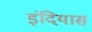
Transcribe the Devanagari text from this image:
इंदियास